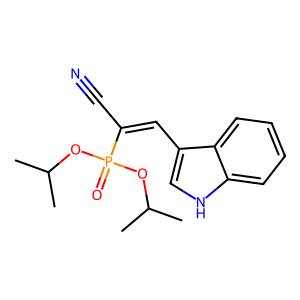
SMILES: CC(C)OP(=O)(OC(C)C)C(C#N)=Cc1c[nH]c2ccccc12
Inhibits HIV replication: No